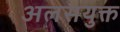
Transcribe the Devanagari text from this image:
अलसयुक्त